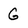
Character: G